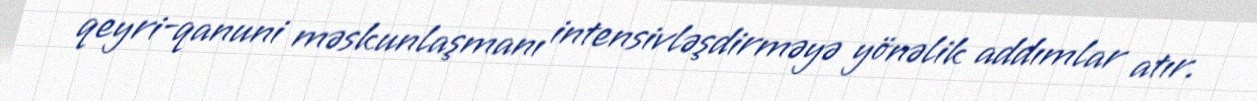
qeyri-qanuni məskunlaşmanı intensivləşdirməyə yönəlik addımlar atır.